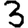
Digit: 3